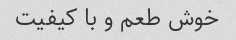
خوش طعم و با کیفیت